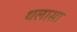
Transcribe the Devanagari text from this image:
थलासा